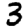
Digit: 3